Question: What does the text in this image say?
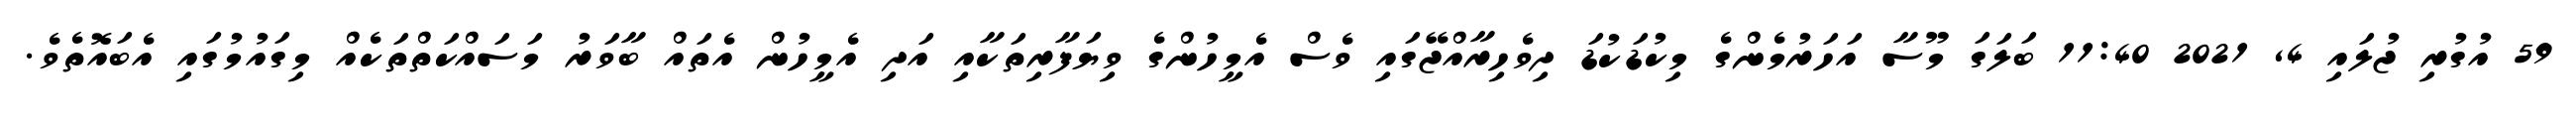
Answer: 59 އުގުރި ޖުލައި 4, 2021 11:40 ބަލަގަ މޫސާ އަހަރުމެންގެ މިކުޑަކުޑަ ދިވެހިރާއްޖޭގައި ވެސް އެމީހުންގެ ވިޔަފާރިތަކާއި އަދި އެމީހުން އެތައް ބާވަރު މަސައްކަތްތަކެއް މިގައުމުގައި އެބައޮތެވެ.